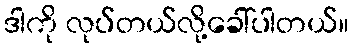
ဒါကို လုပ်တယ်လို့ခေါ်ပါတယ်။